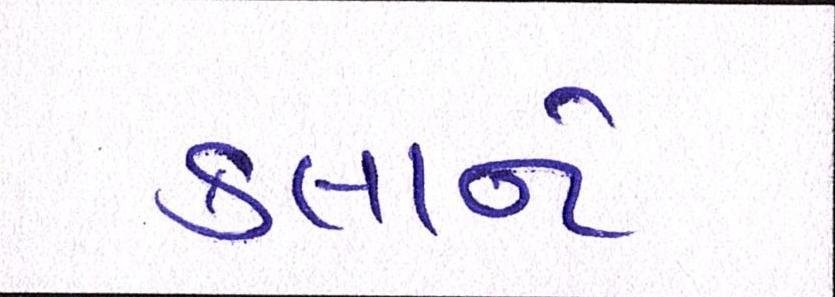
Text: કલાને